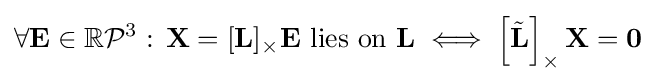
\forall \mathbf {E} \in \mathbb {R} {\mathcal {P}}^{3}:\,\mathbf {X} =[\mathbf {L} ]_{\times }\mathbf {E} {\text{ lies on }}\mathbf {L} \iff \left[{\tilde {\mathbf {L} }}\right]_{\times }\mathbf {X} =\mathbf {0}